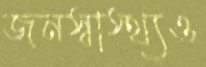
জনস্বাস্থ্যও